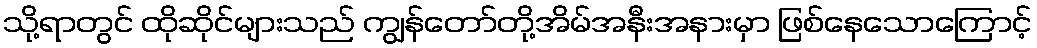
သို့ရာတွင် ထိုဆိုင်များသည် ကျွန်တော်တို့အိမ်အနီးအနားမှာ ဖြစ်နေသောကြောင့်